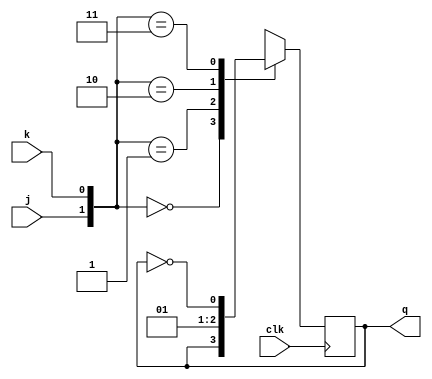
module jkFlipFlop (
    input j,
    input k,
    input clk,
    output q
);

reg q;

always @ (posedge clk)
    case ({j,k})
        2'b00 : q <= q;
        2'b01 : q <= 0;
        2'b10 : q <= 1;
        2'b11 : q <= ~q;
    endcase
endmodule